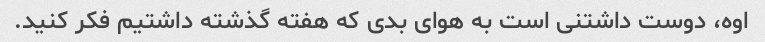
اوه، دوست داشتنی است به هوای بدی که هفته گذشته داشتیم فکر کنید.